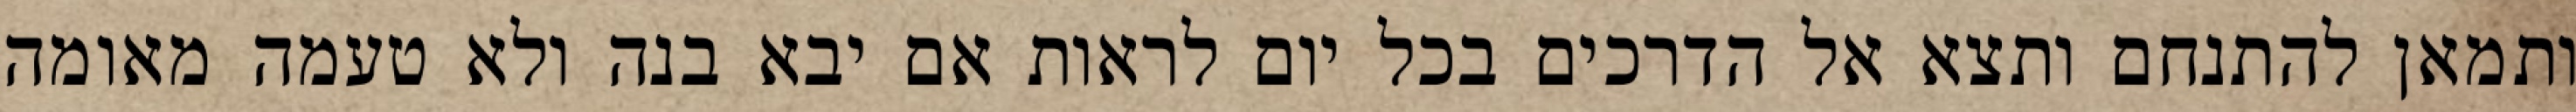
ותמאן להתנחם ותצא אל הדרכים בכל יום לראות אם יבא בנה ולא טעמה מאומה